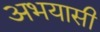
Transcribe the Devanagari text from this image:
अभयासी